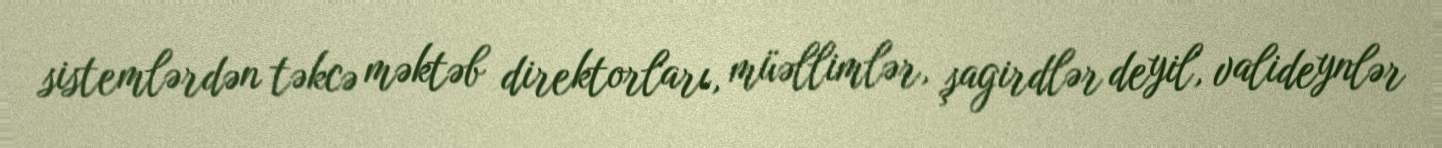
sistemlərdən təkcə məktəb direktorları, müəllimlər, şagirdlər deyil, valideynlər